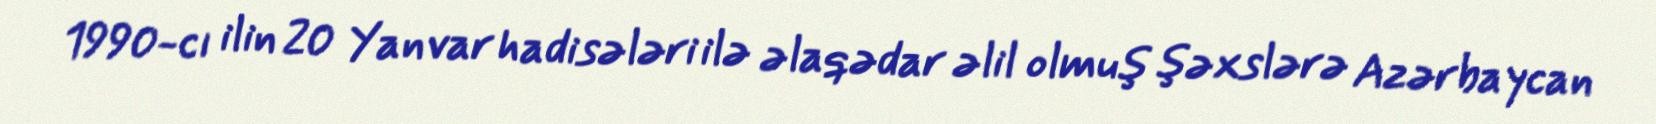
1990-cı ilin 20 Yanvar hadisələri ilə əlaqədar əlil olmuş şəxslərə Azərbaycan